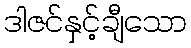
ဒါဇင်နှင့်ချီသော